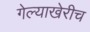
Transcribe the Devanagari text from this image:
गेल्याखेरीच